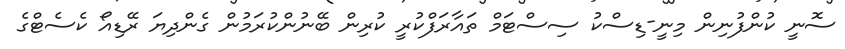
ސޮނީ ކުންފުނިން މިނީ-ޑިސްކު ސިސްޓަމް ތައާރަފްކުރީ ކުރިން ބޭނުންކުރަމުން ގެންދިޔަ ރޭޑިއޯ ކެސެޓްގެ